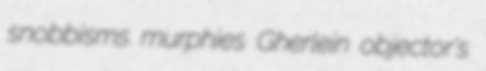
snobbisms murphies Gherlein objector's